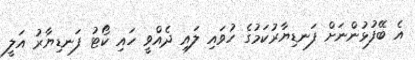
އެ ބޭފުޅުންނަށް ފަނޑިޔާރުކަމުގެ ހުވައި ލައި ދެއްވީ ހައި ކޯޓު ފަނޑިޔާރު އަލީ